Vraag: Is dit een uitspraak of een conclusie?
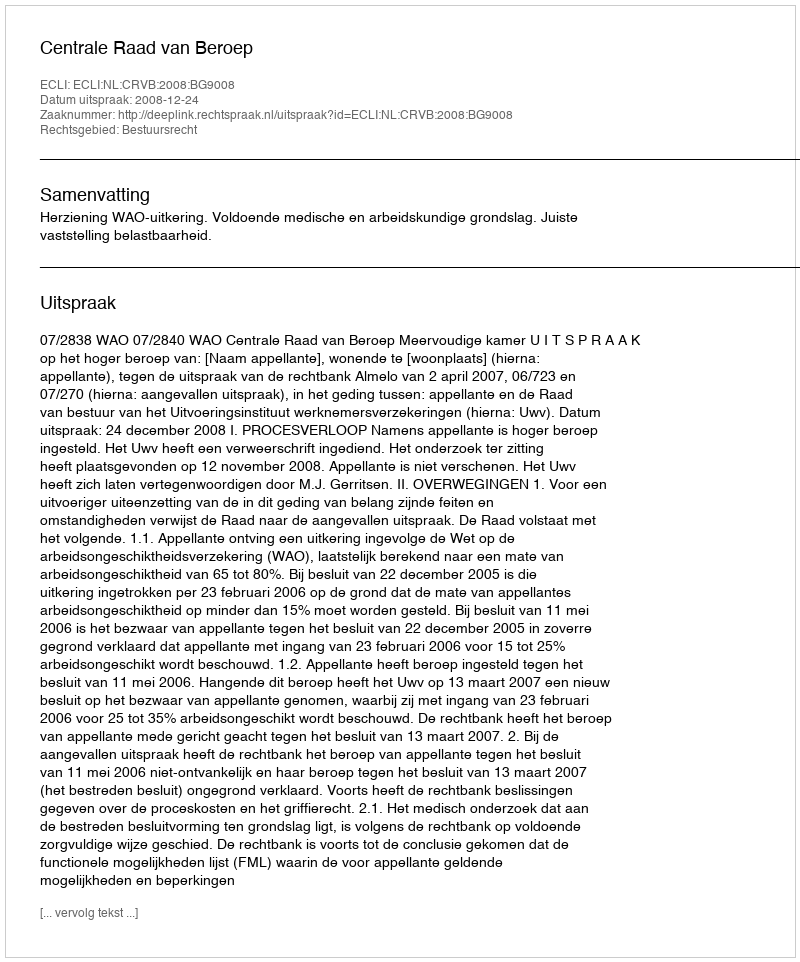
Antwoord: Uitspraak